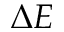
\Delta E